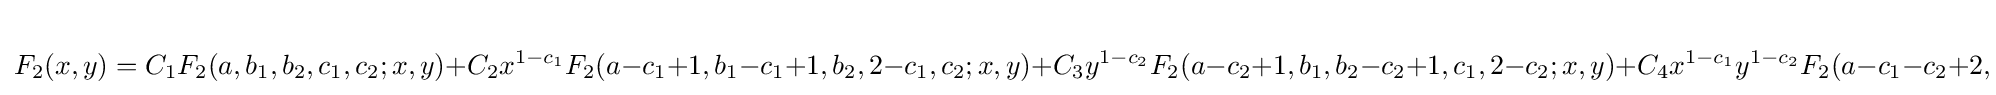
F_{2}(x,y)=C_{1}F_{2}(a,b_{1},b_{2},c_{1},c_{2};x,y)+C_{2}x^{1-c_{1}}F_{2}(a-c_{1}+1,b_{1}-c_{1}+1,b_{2},2-c_{1},c_{2};x,y)+C_{3}y^{1-c_{2}}F_{2}(a-c_{2}+1,b_{1},b_{2}-c_{2}+1,c_{1},2-c_{2};x,y)+C_{4}x^{1-c_{1}}y^{1-c_{2}}F_{2}(a-c_{1}-c_{2}+2,b_{1}-c_{1}+1,b_{2}-c_{2}+1,2-c_{1},2-c_{2};x,y)